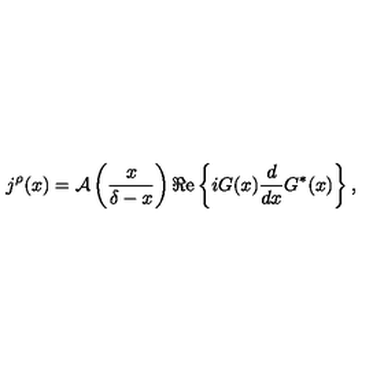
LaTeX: j ^ { \rho } ( x ) = { \cal A } \left( \frac { x } { \delta - x } \right) \Re \mathrm { e } \left\{ i G ( x ) \frac { d } { d x } G ^ { \ast } ( x ) \right\} ,